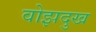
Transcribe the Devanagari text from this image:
वोझदुख